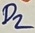
Text: D2